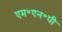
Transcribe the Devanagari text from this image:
एम॰एन॰पी